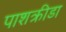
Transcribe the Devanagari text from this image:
पाशक्रीडा